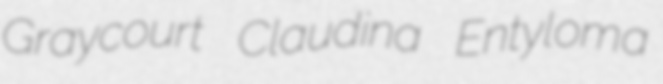
Graycourt Claudina Entyloma